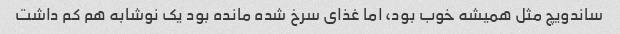
ساندویچ مثل همیشه خوب بود، اما غذای سرخ شده مانده بود یک نوشابه هم کم داشت